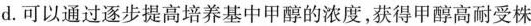
d。可以通过逐步提高培养基中甲醇的浓度，获得甲醇高耐受株